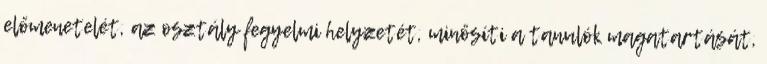
előmenetelét, az osztály fegyelmi helyzetét, minősíti a tanulók magatartását,